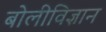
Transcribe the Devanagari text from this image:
बोलीविज्ञान